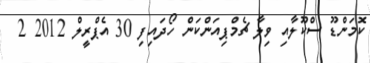
ކޮމަންޑޫ ސްކޫލާއި ވިލާ ޗެމްޕިއަންކަން ހޯދައިފި 30 އެޕްރީލް 2012 2